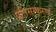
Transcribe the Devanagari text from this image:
प्रतिसंस्करण